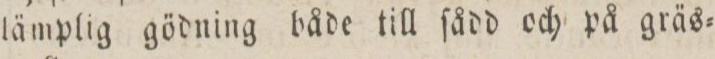
lämplig gödning både till ſådd och på gräs=